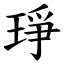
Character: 琤